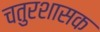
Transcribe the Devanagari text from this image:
चतुरशासक